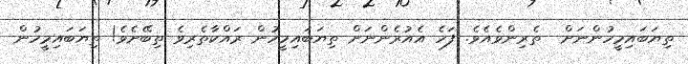
ތިޔަބައިމީހުންނަށް  ތެރިންވެއެވެ. ފަހެ އެއުރެންނަށް ތިޔަބައިމީހުން ރައްކާތެރިވެ ތިބޭށެވެ! ތިޔަބައިމީހުން